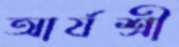
আর্যশ্রী